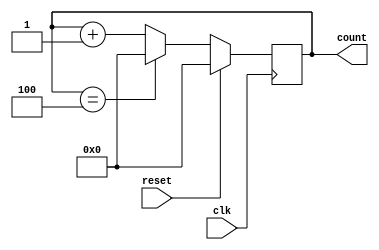
`timescale 1ns / 1ps
//////////////////////////////////////////////////////////////////////////////////
// Company: 
// Engineer: 
// 
// Design Name: 
// Module Name: mod_5_counter
// Project Name: 
// Target Devices: 
// Tool Versions: 
// Description: 
// 
// Dependencies: 
// 
// Revision:
// Revision 0.01 - File Created
// Additional Comments:
// 
//////////////////////////////////////////////////////////////////////////////////


module mod_5_counter#(parameter WIDTH = 5)(
                                            input clk,
                                            input reset,
                                            output reg [WIDTH-1:0] count);

always @(posedge clk)
begin
    if (reset) begin
        count <= 0;
    end else begin
        count <= count + 1'b1;
        if (count == WIDTH-1) 
        begin
            count <= 0;
        end
    end
end
endmodule